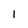
Character: 1